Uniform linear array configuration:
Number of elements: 64
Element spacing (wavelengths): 0.75
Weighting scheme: uniform
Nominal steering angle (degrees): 15
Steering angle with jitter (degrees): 15.475
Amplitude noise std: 0.05
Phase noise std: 0.05

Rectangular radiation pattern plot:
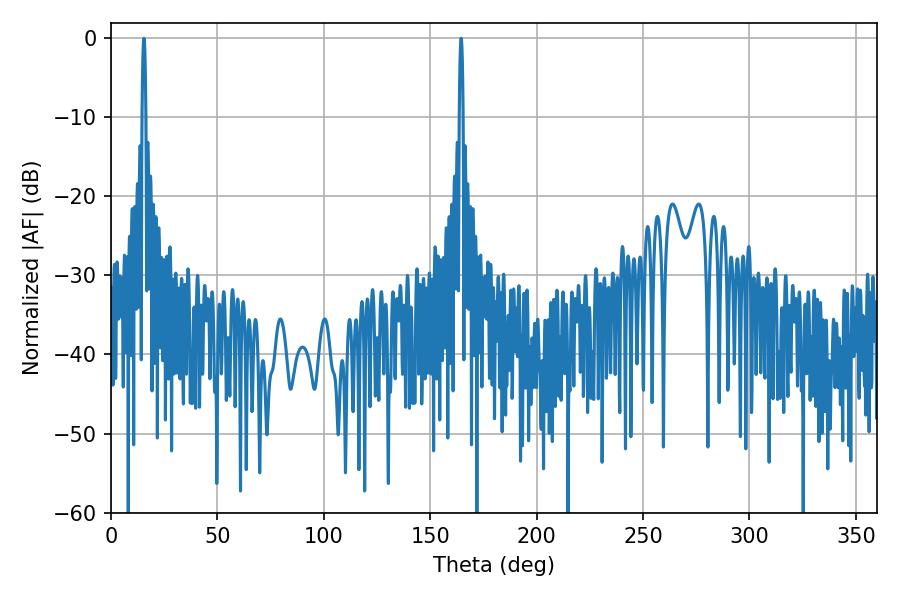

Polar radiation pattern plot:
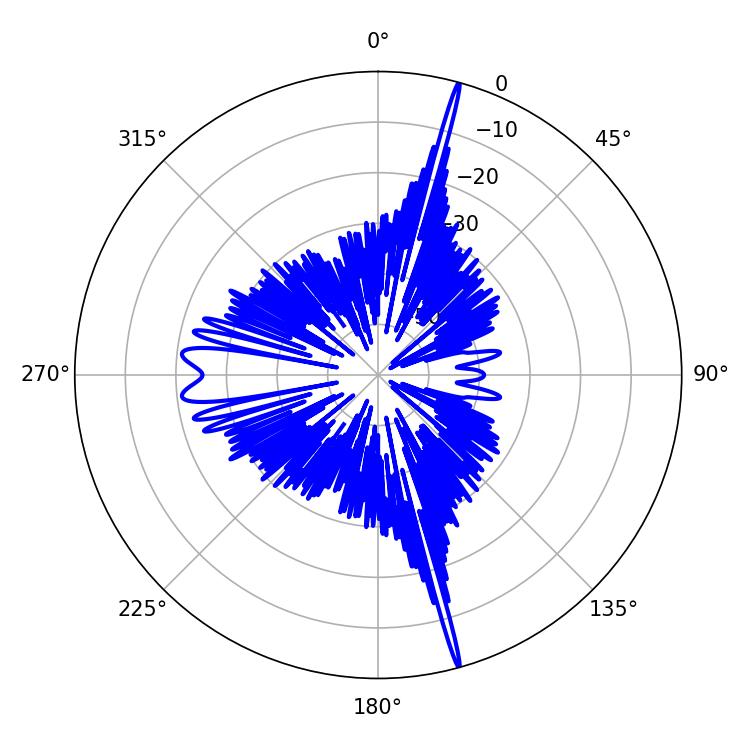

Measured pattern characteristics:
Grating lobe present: TRUE
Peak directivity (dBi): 23.635
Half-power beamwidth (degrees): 0.9
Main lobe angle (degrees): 164.52